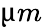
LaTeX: \textmu m